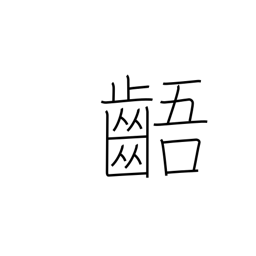
Meaning: irregular teeth